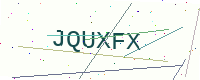
Text: JQUXFX